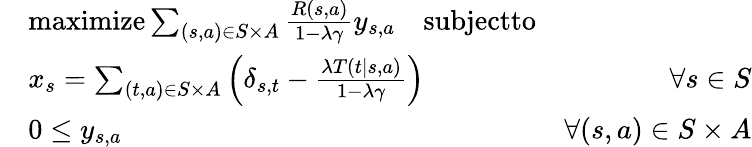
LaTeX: \begin{array}{rlr}&{\textnormal{maximize}\sum_{(s,a)\in S\times A}\frac{R(s,a)}{1-\lambda\gamma}y_{s,a}\quad\textnormal{subjectto}}\\ &{x_{s}=\sum_{(t,a)\in S\times A}\left(\delta_{s,t}-\frac{\lambda T(t\mid s,a)}{1-\lambda\gamma}\right)}&{\forall s\in S}\\ &{0\leq y_{s,a}}&{\forall(s,a)\in S\times A}\end{array}